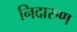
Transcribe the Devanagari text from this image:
निदारुण